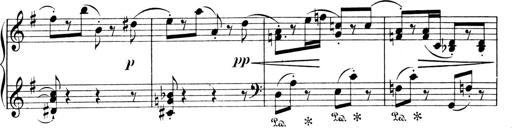
Title: 4 Sonatines
Composer: Max Reger